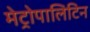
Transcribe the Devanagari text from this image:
मेट्रोपालिटिन